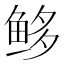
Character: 𩽿